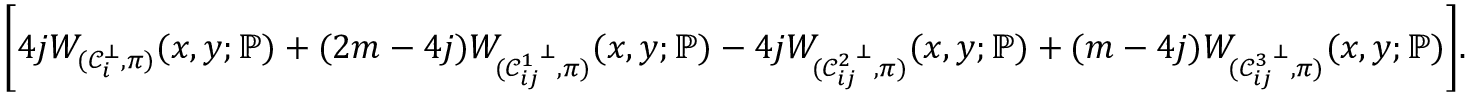
\Bigg [ 4 j W _ { ( \mathcal { C } _ { i } ^ { \bot } , \pi ) } ( x , y ; \mathbb { P } ) + ( 2 m - 4 j ) W _ { ( { \mathcal { C } _ { i j } ^ { 1 } } ^ { \bot } , \pi ) } ( x , y ; \mathbb { P } ) - 4 j W _ { ( { \mathcal { C } _ { i j } ^ { 2 } } ^ { \bot } , \pi ) } ( x , y ; \mathbb { P } ) + ( m - 4 j ) W _ { ( { \mathcal { C } _ { i j } ^ { 3 } } ^ { \bot } , \pi ) } ( x , y ; \mathbb { P } ) \Bigg ] .